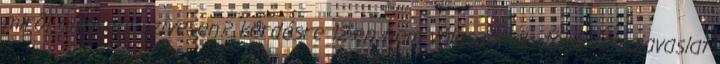
miről olvasnál szívesen? kérdésre 12-en nem válaszoltak, több témajavaslat